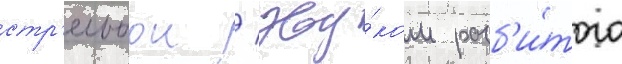
стр'ельбои / зву́ком разб'и́того